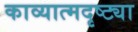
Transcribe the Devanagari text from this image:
काव्यात्मदृष्ट्या